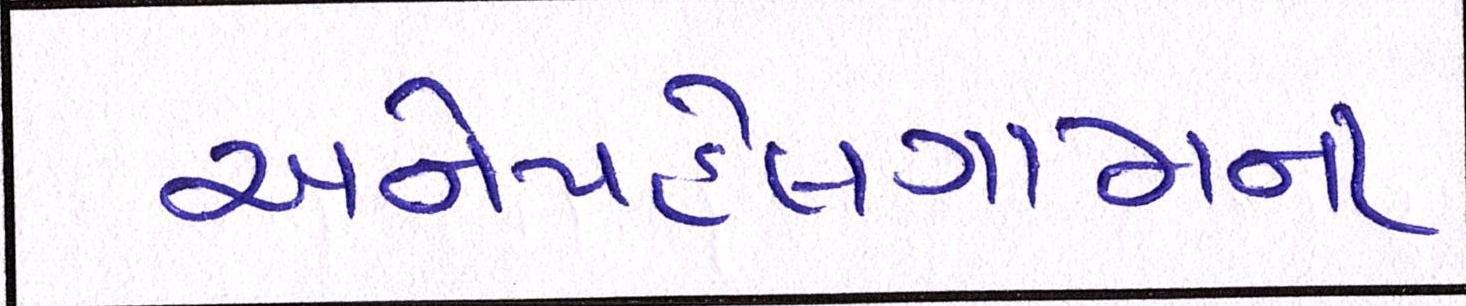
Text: અનેપહેલગામના